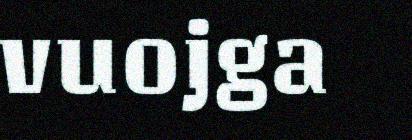
vuojga